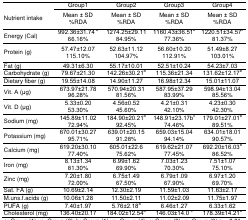
<table><thead><tr><td rowspan="3"><b>Nutrient intake</b></td><td><b>Group1</b></td><td><b>Group2</b></td><td><b>Group3</b></td><td><b>Group4</b></td></tr><tr><td><b>Mean ± SD %RDA</b></td><td><b>Mean ± SD %RDA</b></td><td><b>Mean ± SD %RDA</b></td><td><b>Mean ± SD %RDA</b></td></tr></thead><tbody><tr><td rowspan="2">Energy (Cal)</td><td>992.36±31.74<sup>a</sup></td><td>1274.25±29.11</td><td>1160.43±36.51<sup>b</sup></td><td>1220.51±34.57<sup>c</sup></td></tr><tr><td>66.16%</td><td>84.95%</td><td>77.36%</td><td>81.37%</td></tr><tr><td rowspan="2">Protein (g)</td><td>57.47±12.07</td><td>52.63±11.12</td><td>56.60±10.20</td><td>51.49±8.27</td></tr><tr><td>115.10%</td><td>104.97%</td><td>112.91%</td><td>103.01%</td></tr><tr><td>Fat (g)</td><td>49.31±6.30</td><td>55.17±10.01</td><td>52.51±10.24</td><td>54.23±7.03</td></tr><tr><td>Carbohydrate (g)</td><td>79.67±21.30</td><td>142.26±30.21<sup>a</sup></td><td>115.36±21.34</td><td>131.62±12.17<sup>b</sup></td></tr><tr><td>Dietary fiber (g)</td><td>19.55±14.08</td><td>14.90±11.27</td><td>16.98±12.34</td><td>15.01±11.07</td></tr><tr><td rowspan="2">Vit. A (μg)</td><td>673.97±21.78</td><td>570.94±20.31</td><td>587.95±37.29</td><td>598.94±13.04</td></tr><tr><td>96.28%</td><td>81.56%</td><td>83.99%</td><td>85.56%</td></tr><tr><td rowspan="2">Vit. D (μg)</td><td>5.33±0.20</td><td>4.56±0.52</td><td>4.21±0.31</td><td>4.23±0.30</td></tr><tr><td>53.30%</td><td>45.60%</td><td>42.10%</td><td>42.30%</td></tr><tr><td rowspan="2">Sodium (mg)</td><td>145.89±11.02</td><td>184.90±20.21<sup>a</sup></td><td>148.91±23.17b<sup>c</sup></td><td>179.01±27.01<sup>b</sup></td></tr><tr><td>72.94%</td><td>92.45%</td><td>74.46%</td><td>89.51%</td></tr><tr><td rowspan="2">Potassium (mg)</td><td>670.01±30.27</td><td>639.01±20.15</td><td>659.03±15.04</td><td>634.01±18.01</td></tr><tr><td>95.71%</td><td>91.28%</td><td>94.14%</td><td>90.57%</td></tr><tr><td rowspan="2">Calcium (mg)</td><td>619.20±30.10</td><td>605.01±22.6</td><td>619.62±21.07</td><td>692.20±16.03<sup>b</sup></td></tr><tr><td>77.40%</td><td>75.62%</td><td>77.45%</td><td>86.52%</td></tr><tr><td rowspan="2">Iron (mg)</td><td>8.13±1.34</td><td>6.99±1.62</td><td>7.03±1.23</td><td>7.51±1.07</td></tr><tr><td>81.30%</td><td>69.90%</td><td>70.30%</td><td>75.10%</td></tr><tr><td rowspan="2">Zinc (mg)</td><td>7.20±1.80</td><td>6.75±1.49</td><td>6.79±1.09</td><td>6.97±1.20</td></tr><tr><td>72.00%</td><td>67.50%</td><td>67.90%</td><td>69.70%</td></tr><tr><td>Sat. FA (g)</td><td>10.69±2.14</td><td>12.30±2.19</td><td>11.59±1.03</td><td>11.63±2.17</td></tr><tr><td>M.uns.f.acids (g)</td><td>10.06±1.28</td><td>11.50±2.11</td><td>11.02±2.09</td><td>11.75±1.97</td></tr><tr><td>PUFA (g)</td><td>7.40±1.97</td><td>5.76±2.18<sup>a</sup></td><td>6.46±1.27</td><td>6.33±1.62</td></tr><tr><td>Cholesterol (mg)</td><td>136.40±20.17</td><td>184.02±12.54<sup>a</sup></td><td>146.03±14.0<sup>c</sup></td><td>178.39±14.21<sup>b</sup></td></tr></tbody></table>